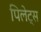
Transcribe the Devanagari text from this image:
पिलेट्स